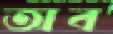
অব